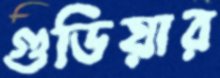
গুডিয়ার